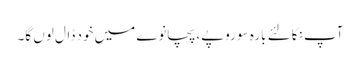
آپ نکالئے بارہ سو روپے، پچانوے میں خود ڈال لوں گا۔